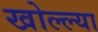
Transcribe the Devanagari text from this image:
खोल्ल्या